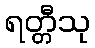
ရတ္တီသု